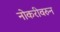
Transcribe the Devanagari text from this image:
नोकरीवरुन